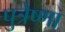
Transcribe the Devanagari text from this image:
पुत्रेष्णा